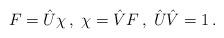
LaTeX: \begin{align*}F=\hat{U}\chi \,,\;\chi =\hat{V}F\,,\;\hat{U}\hat{V}=1\,. \end{align*}